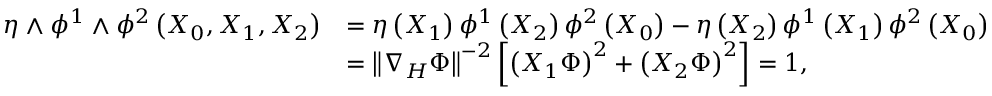
\begin{array} { r l } { \eta \wedge \phi ^ { 1 } \wedge \phi ^ { 2 } \left( X _ { 0 } , X _ { 1 } , X _ { 2 } \right) } & { = \eta \left( X _ { 1 } \right) \phi ^ { 1 } \left( X _ { 2 } \right) \phi ^ { 2 } \left( X _ { 0 } \right) - \eta \left( X _ { 2 } \right) \phi ^ { 1 } \left( X _ { 1 } \right) \phi ^ { 2 } \left( X _ { 0 } \right) } \\ & { = \left\| \nabla _ { H } \Phi \right\| ^ { - 2 } \left[ \left( X _ { 1 } \Phi \right) ^ { 2 } + \left( X _ { 2 } \Phi \right) ^ { 2 } \right] = 1 , } \end{array}